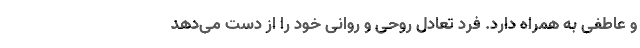
و عاطفی به همراه دارد. فرد تعادل روحی و روانی خود را از دست می‌دهد